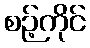
စဉ့်ကိုင်